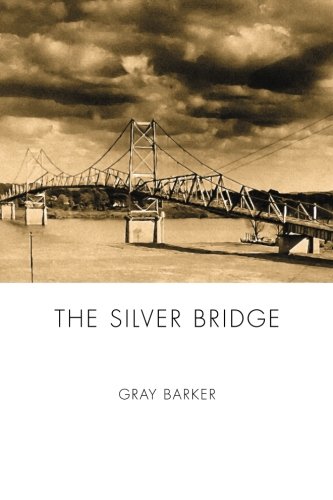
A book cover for The Silver Bridge; Gray Barker; Religion & Spirituality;